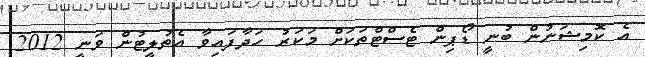
އެ ކޮމިޝަނުން ބުނީ ޑޯޕިން ޓެސްޓްތަަަކަށް މަކަރު ހަދާފައިވާ އެތުލީޓުން ވަނީ 2012